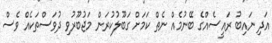
އަދި ނައިބު ރައީސެއްގެ ބޭނުމެއް ނެތް ކަމަށް ގަބޫލުކުރަން މަޖުބޫރުވި ދުވަސްތަކެއް ވެސް